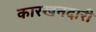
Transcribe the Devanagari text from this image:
कारखनदारी